Insane asylums in Bengal annual reports 1876-1887 - 1876-1887
Year: 1876
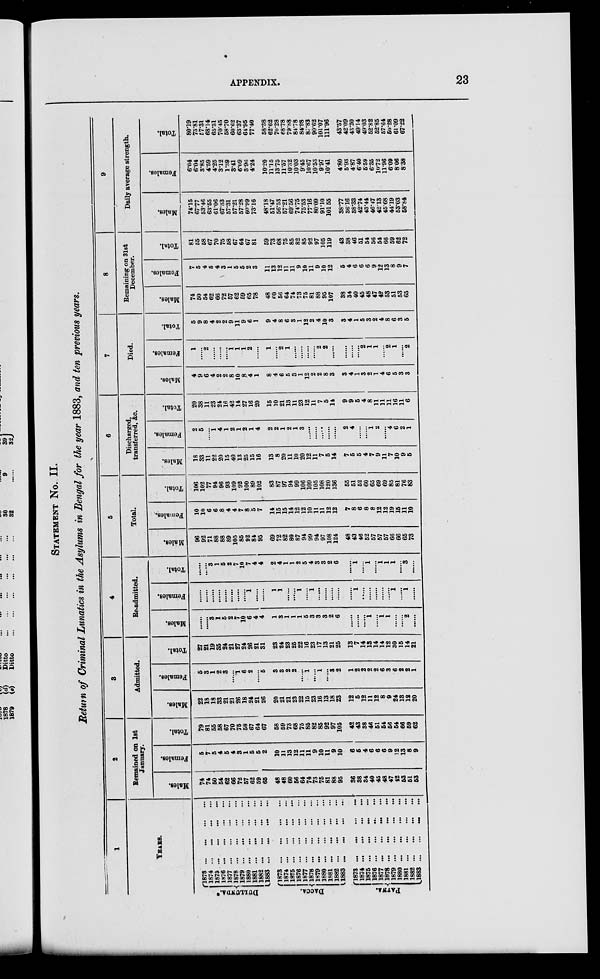
APPENDIX.
23
STATEMENT No. II.
Return of Criminal Lunatics in the Asylums in Bengal for the year 1883, and ten previous years.
1
YEARS.
DULLUNDA.*
Dacca.
PATNA.
1873 ...
... ... ...
1874 ...
...
...
...
1875 ...
...
...
...
1876
...
...
...
...
1877
...
...
...
...
1878
...
...
...
...
1879
...
...
...
...
1880
...
...
...
...
1881 ... ... ... ...
1882
...
...
...
...
1883 ... ... ... ...
l873
...
...
...
...
1874
...
...
...
...
1875
...
...
...
...
1876
...
...
...
...
1877
...
...
...
...
1878 ...
...
... ...
1879 ... ... ... ...
1880
...
...
...
...
1881 ... ... ... ...
1882 ...
...
... ...
1883
...
...
...
...
1873 ... ... ... ...
1874
...
...
...
...
1875 ... ... ... ...
1876
...
...
...
...
1877 ... ... ... ...
1878 ... ... ... ...
1879 ... ... ... ...
1880 ... ... ... ...
1881 ... ... ... ...
1882 ... ... ... ...
1883 ... ... ... ...
2
Remained on 1st
January.
Males.
74
74
50
54
62
66
72
57
62
59
65
48
48
60
56
64
74
73
75
81
88
95
36
38
44
40
45
48
47
42
53
51
53
Females.
5
7
5
4
5
4
3
1
5
5
2
10
11
13
12
11
11
9
10
11
9
10
6
5
4
6
6
6
9
12
13
8
9
Total.
79
81
55
58
67
70
75
58
67
64
67
58
59
73
68
75
85
82
85
92
97
105
42
43
38
46
51
54
46
54
66
59
62
3
Admitted.
Males.
22
18
18
33
21
21
26
18
24
21
26
20
21
21
23
22
15
23
16
13
18
23
12
5
12
11
12
8
9
24
13
12
20
Females.
5
3
1
2
3
......
1 6
2
......
5
3
3
2
2
......
1
......
1
......
3
2
1
2
2
2
2
6
3
6
2
2
1
Total.
27
21
19
35
24
21
27
24
26
21
31
23
24
23
25
22
16
23
17
13
21
25
13
7
14
13
14
14
12
30
15
14
21
4
Re-admitted.
Males.
......
......
3
1
5
2
7
10
6
4
4
1
3
1
1
1
5
3
3
3
2
6
......
......
......
1
......
1
1
......
......
2
......
Females.
......
......
......
......
......
......
......
......
1
......
......
1
1
......
......
1
......
1
......
......
......
......
......
1
......
......
......
......
......
1
......
1
......
Total.
......
......
3 1
5
2
7
10
7
4
4
2
4
1
1
2
5
4
3
3
2
6
......
1
......
1
......
1
1
1
......
3
......
5
Total.
Males.
96
92
71
88
88
89
105
85
92
84
95
69
72
82
80
87
94
99
94
97
108
124
48
43
46
52
57
57
57
66
66
65
73
Females.
10
10
6
6
8
4
4
7
8
5
7
14
15
15
14
12
12
10
11
11
12
12
7
8
6
8
8
12
12
19
15
11
10
Total.
106
102
77
94
96
93
109
92
100
89
102
83
87
97
94
99
106
109
105
108
120
136
55
51
52
60
65
69
69
85
81
76
83
6
Discharged,
transferred, Ac.
Males.
18
33
11
22
20
15
40
13
25
15
16
13
8
20
11
10
20
12
11
7
5
14
7
6
5
4
7
9
11
7
10
9
5
Females.
2
5
......
1
4
1
2
1
2
1
4
2
2
1
2
1
3
......
......
......
......
......
2
4
......
......
1
2
......
4
6
2
1
Total.
20
38
11
23
24
16
42
14
27
16
20
15
10
21
13
11
23
12
11
7
5
14
9
9
5
4
8
11
11
11
16
11
6
7
Died.
Males.
4
9
6
4
2
2
8
10
8
4
1
8
4
6
5
3
1
12
2
2
8
3
3
4
1
3
2
1
4
6
5
3
3
Females.
1
......
2
......
......
......
1
1
1
2
......
1
......
2
1
......
......
......
......
2
2
......
......
......
......
2
1
1
......
2
1
......
2
Total.
5
9
8
4
2
2
9
11
9
6
1
9
4
8
6
3
1
12
2
4
10
3
3
4
1
5
3
2
4
8
6
3
5
8
Remaining on 31st
December.
Males.
74
50
54
62
66
72
57
62
59
65
78
48
60
56
64
74
73
75
81
88
95
107
38
34
40
45
48
47
42
53
51
53
65
Females.
7
5
4
5
4
3
1
5
5
2
3
11
13
12
11
11
9
10
11
9
10
12
5
4
6
6
6
9
12
13
8
9
7
Total.
81
55
58
67
70
75
58
67
64
67
81
59
73
68
75
85
82
85
92
97
105
119
43
38
46
51
54
56
64
66
69
62
72
9
Daily average strength.
Males.
74.15
67.77
53.46
63.55
61.06
6733
57.31
57.21
57.28
60.99
73.16
48.18
51.47
56.53
57.21
69.56
74.75
75.53
77.16
80.09
91.10
101.55
38.77
36.16
38.33
42.74
43.44
46.47
42.13
45.68
44.19
53.03
58.84
Females.
6.04
6.04
3.85
4.59
4.25
3.12
1.39
3.41
6.09
3.96
4.24
10.20
11.15
13.75
11.57
10.32
10.03
9.45
10.67
10.53
9.97
10.41
4.80
5.93
4.87
6.40
5.59
6.35
10.72
11.96
6.09
8.06
8.38
Total.
80.19
73.81
57.31
68.14
65.31
70.45
58.70
60.62
63.37
64.95
77.40
58.38
62.62
70.28
68.78
79.88
84.78
84.98
87.83
90.62
101.07
111.96
43.57
42.09
43.20
49.14
49.03
52.82
52.85
57.64
50.28
61.09
67.22